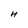
Character: H